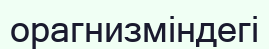
орагнизміндегі